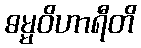
ဓမ္မဝိဟာရီတိ